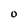
Character: O